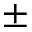
\pm